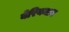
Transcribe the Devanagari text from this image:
बेरियमान